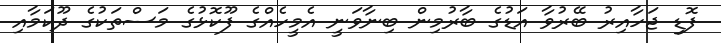
ފޮޑި ޖަހާއިރު ބޭރުވާ އަޑުގެ ބާރުމިން ބިނާވަނީ އެމީހެއްގެ ފޫކޮޅުގެ މަސްތަކުގެ ދޫކަމާއި